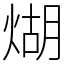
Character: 煳